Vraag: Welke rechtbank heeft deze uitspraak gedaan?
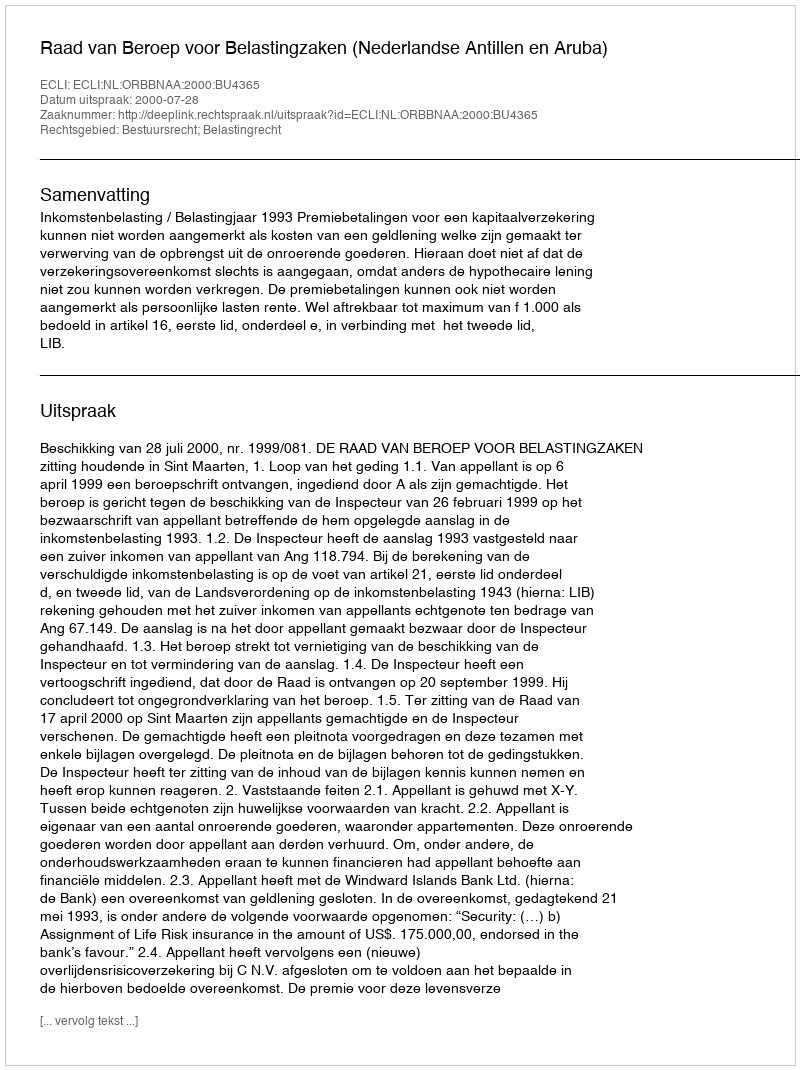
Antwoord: Raad van Beroep voor Belastingzaken (Nederlandse Antillen en Aruba)